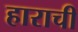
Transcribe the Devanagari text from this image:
हाराची